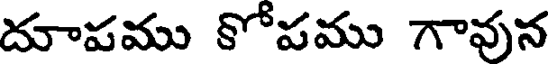
దూపము కోపము గావున